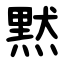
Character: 黙